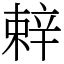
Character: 辢